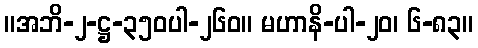
။အဘိ-၂-ဋ္ဌ-၃၅၀ပါ-၂၆၀။ မဟာနိ-ပါ-၂၀၊ ၆-၈၃။